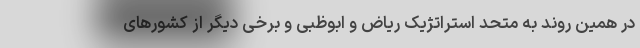
در همین روند به متحد استراتژیک ریاض و ابوظبی و برخی دیگر از کشورهای